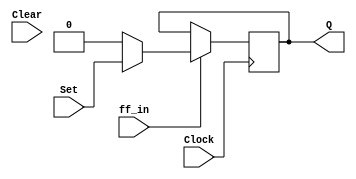
module control_ff(Clock, ff_in, Set, Clear, Q);
	input Clock, ff_in, Set, Clear;
	output reg Q;
	/* fill code */
	
	always @(posedge Clock)
	if (ff_in)
		if (~Reset)
		begin
			Q <= 1'b0;
		end
		
		else
		begin
			Q <= Set;
		end	
endmodule